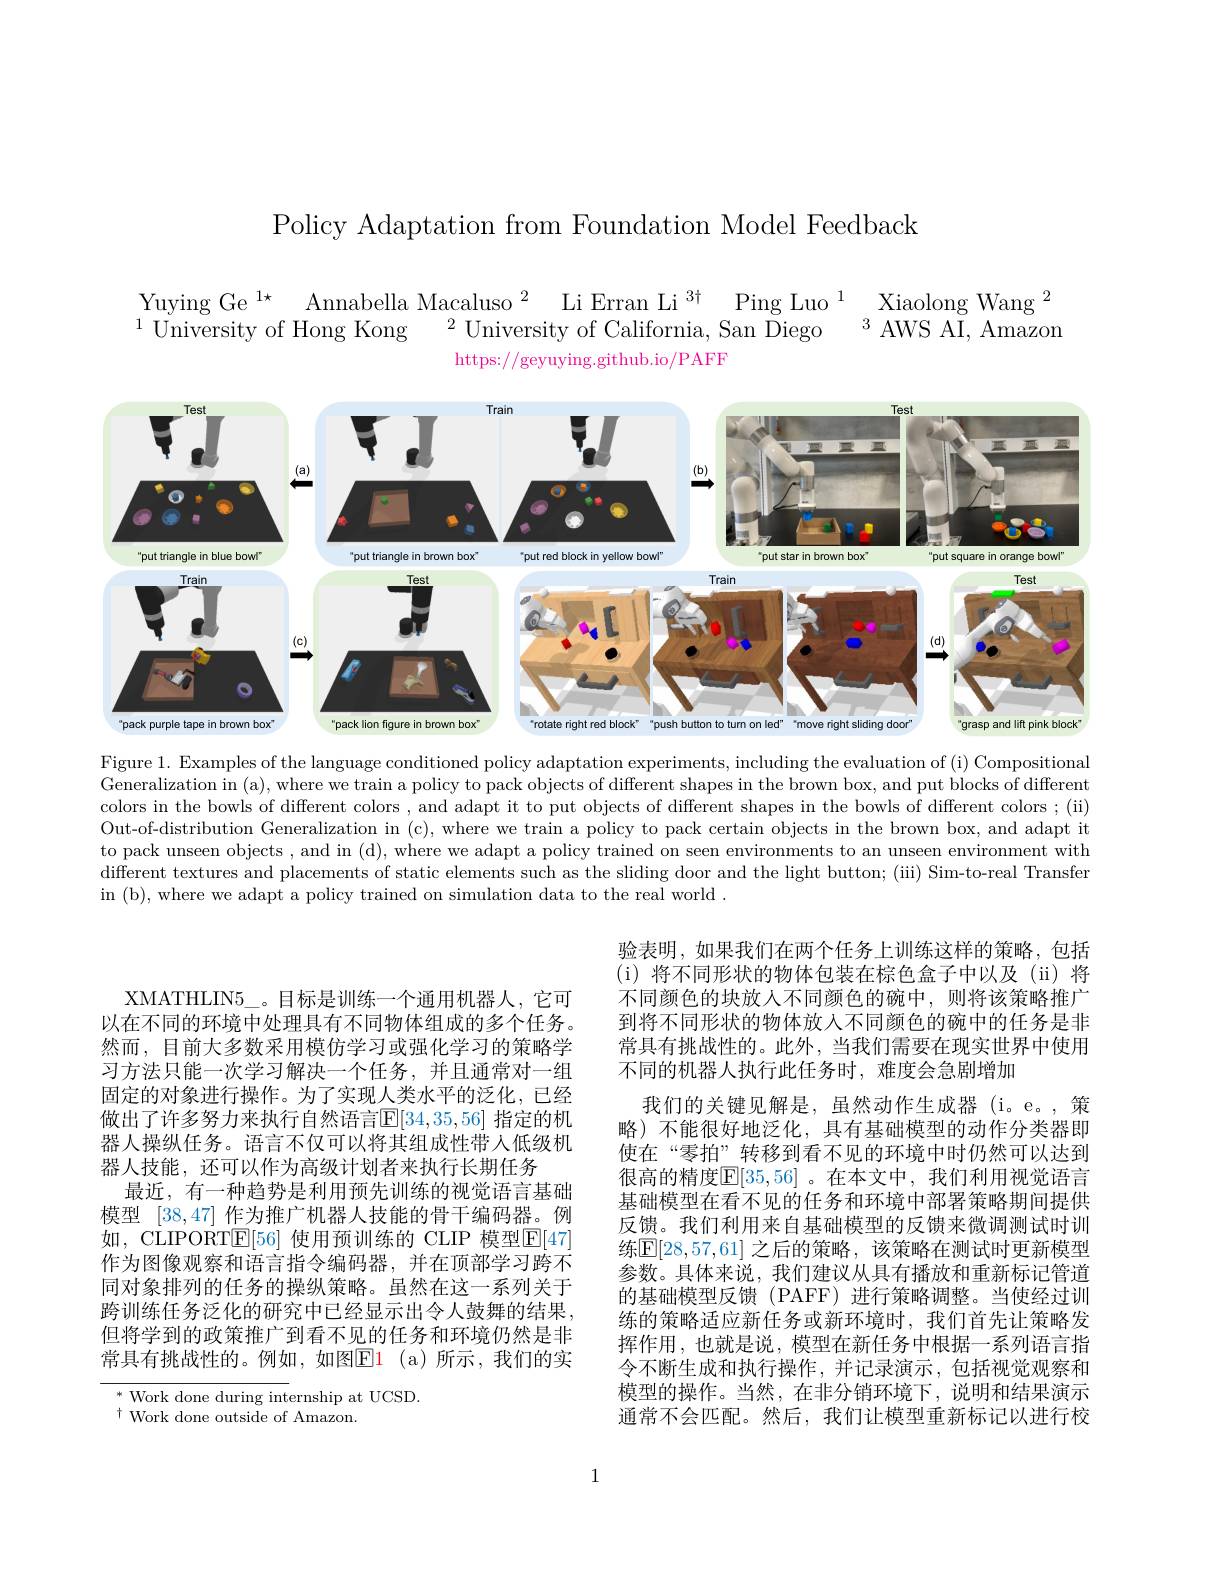
Policy Adaptation from Foundation Model Feedback

$\begin{array}{lll}{\mathrm{Yuying~Ge~}^{1\star}}&{\mathrm{Annabella~Macaluso~}^{2}}&{\mathrm{Li~Erran~Li~}^{3\dagger}}&{\mathrm{Ping~Luo~}^{1}}&{\mathrm{Xiaolong~Wang~}^{2}}\\{^{1}\text{University of Hong Kong}}&{^{2}\text{University of California, San Diego}}&{^{3}}{\mathrm{AWS~AI,~Amazon}}\end{array}$
https://geyuying.github.io/PAFF

<FigureHere>

Figure 1. Examples of the language conditioned policy adaptation experiments, including the evaluation of (i) Compositional Generalization in (a), where we train a policy to pack objects of different shapes in the brown box, and put blocks of different colors in the bowls of different colors , and adapt it to put objects of different shapes in the bowls of different colors ; (ii) Out-of-distribution Generalization in (c), where we train a policy to pack certain objects in the brown box, and adapt it to pack unseen objects , and in (d), where we adapt a policy trained on seen environments to an unseen environment with different textures and placements of static elements such as the sliding door and the light button; ( iii) Sim-to-real Transfer in (b), where we adapt a policy trained on simulation data to the real world .

验表明，如果我们在两个任务上训练这样的策略，包括(i) 将不同形状的物体包装在棕色盒子中以及(ii)将不同颜色的块放人不同颜色的碗中，则将该策略推广到将不同形状的物体放入不同颜色的碗中的任务是非常具有挑战性的。此外，当我们需要在现实世界中使用不同的机器人执行此任务时，难度会急剧增加

我们的关键见解是，虽然动作生成器(i。e。,策

XMATHLIN5\_。目标是训练一个通用机器人，它可以在不同的环境中处理具有不同物体组成的多个任务。然而，目前大多数采用模仿学习或强化学习的策略学习方法只能一次学习解决一个任务，并且通常对一组固定的对象进行操作。为了实现人类水平的泛化，已经做出了许多努力来执行自然语言$\overline{\mathbb{E}}[34,35,56]$ 指定的机器人操纵任务。语言不仅可以将其组成性带入低级机器人技能，还可以作为高级计划者来执行长期任务
最近，有一种趋势是利用预先训练的视觉语言基础模型[38,47]作为推广机器人技能的骨干编码器。例如，CLIPORTE[56] 使用预训练的 CLIP 模型E[47] 作为图像观察和语言指令编码器，并在顶部学习跨不同对象排列的任务的操纵策略。虽然在这一系列关于跨训练任务泛化的研究中已经显示出令人鼓舞的结果， 但将学到的政策推广到看不见的任务和环境仍然是非常具有挑战性的。例如，如图$\color{red}{\mathrm{Fl}}1\:($a)所示，我们的实

略)不能很好地泛化，具有基础模型的动作分类器即使在“零拍”转移到看不见的环境中时仍然可以达到很高的精度$\overline{\mathrm{E}}[35,56]$ 。在本文中，我们利用视觉语言基础模型在看不见的任务和环境中部署策略期间提供反馈。我们利用来自基础模型的反馈来微调测试时训练$\boxed{\mathrm{E}}[28,57,61]$ 之后的策略，该策略在测试时更新模型参数。具体来说，我们建议从具有播放和重新标记管道的基础模型反馈 (PAFF) 进行策略调整。当使经过训练的策略适应新任务或新环境时，我们首先让策略发挥作用，也就是说，模型在新任务中根据一系列语言指令不断生成和执行操作，并记录演示，包括视觉观察和模型的操作。当然，在非分销环境下，说明和结果演示通常不会匹配。然后，我们让模型重新标记以进行校

$^*$ Work done during internship at UCSD.
$^{\dagger}$ Work done outside of Amazon.

1